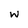
Character: w